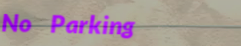
No Parking